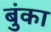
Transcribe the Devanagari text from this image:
बुंका